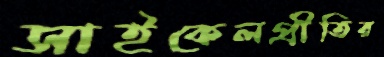
সাইকেলপ্রীতির